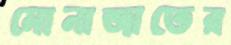
মোনাজাতের